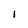
Character: 1